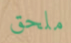
ملحق